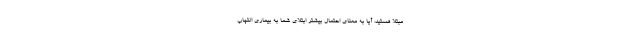
مبتلا هستید، آیا به معنای احتمال بیشتر ابتلای شما به بیماری التهاب